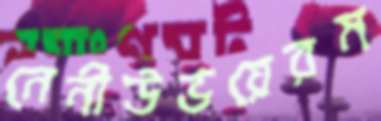
নেনীউভয়েরম